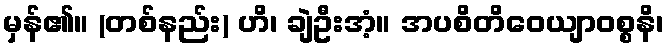
မှန်၏။ (တစ်နည်း) ဟိ၊ ချဲဦးအံ့။ အပစိတိဝေယျာဝစ္စနိ၊